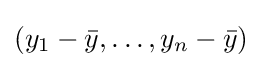
(y_{1}-{\bar {y}},\dots ,y_{n}-{\bar {y}})